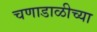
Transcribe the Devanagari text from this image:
चणाडाळीच्या